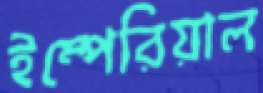
ইম্পেরিয়াল